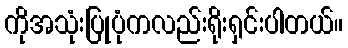
ကိုအသုံးပြုပုံကလည်းရိုးရှင်းပါတယ်။